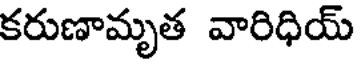
కరుణామృత వారిధియ్